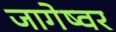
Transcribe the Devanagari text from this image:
जागेष्वर